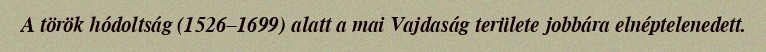
A török hódoltság (1526–1699) alatt a mai Vajdaság területe jobbára elnéptelenedett.